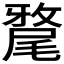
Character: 𭕲